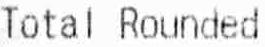
TOTAL ROUNDED